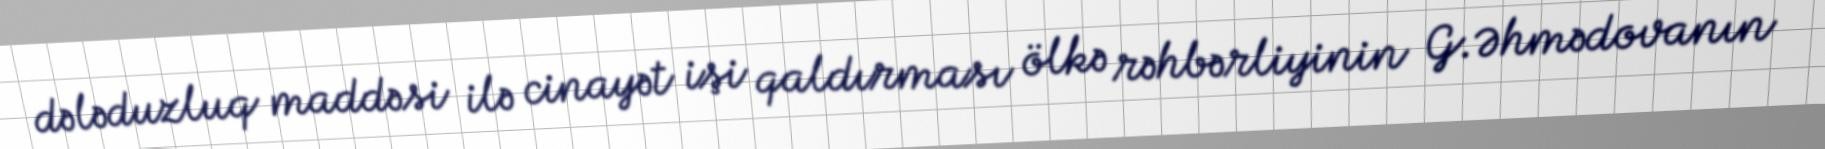
dələduzluq maddəsi ilə cinayət işi qaldırması ölkə rəhbərliyinin G.Əhmədovanın